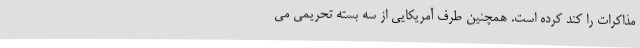
مذاکرات را کند کرده است. همچنین طرف آمریکایی از سه بسته تحریمی می